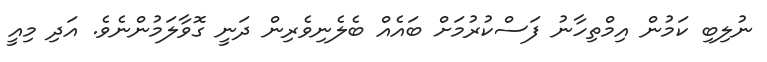
ނުލިބި ކަމުން އިމްތިހާނު ފަސްކުރުމަށް ބައެއް ބެލެނިވެރިން ދަނީ ގޮވާލަމުންނެވެ. އަދި މިއީ